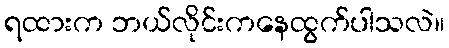
ရထားက ဘယ်လိုင်းကနေထွက်ပါသလဲ။